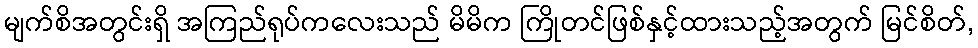
မျက်စိအတွင်းရှိ အကြည်ရုပ်ကလေးသည် မိမိက ကြိုတင်ဖြစ်နှင့်ထားသည့်အတွက် မြင်စိတ်,